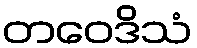
တဝေဒိသံ